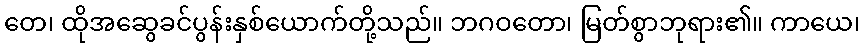
တေ၊ ထိုအဆွေခင်ပွန်းနှစ်ယောက်တို့သည်။ ဘဂဝတော၊ မြတ်စွာဘုရား၏။ ကာယေ၊